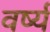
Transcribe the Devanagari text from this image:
वर्ष्य